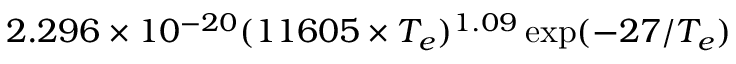
2 . 2 9 6 \times 1 0 ^ { - 2 0 } ( 1 1 6 0 5 \times T _ { e } ) ^ { 1 . 0 9 } \exp ( { - 2 7 / T _ { e } } )